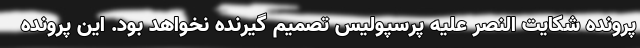
پرونده شکایت النصر علیه پرسپولیس تصمیم گیرنده نخواهد بود. این پرونده